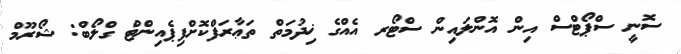
ސޮނީ ސްޕޯޓްސް އިން އޮންލައިން ސްޓޯރ އެއްގެ ޚިދުމަތް ތަޢާރަފްކޮށްފިޕެއިންޓް ގްލޯބް: ޝޯރޫމް